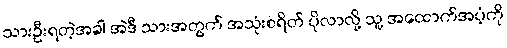
သားဦးရတဲ့အခါ အဲဒီ သားအတွက် အသုံးစရိတ် ပိုလာလို့ သူ့ အထောက်အပံ့ကို